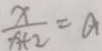
\frac { x } { x + 2 } = a